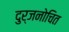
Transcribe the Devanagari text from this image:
दुर्जनोचित